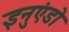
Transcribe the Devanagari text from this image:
इनुएंडो